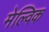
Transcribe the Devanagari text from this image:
मेल्विक